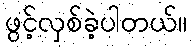
ဖွင့်လှစ်ခဲ့ပါတယ်။